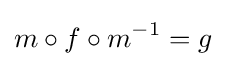
m\circ f\circ m^{-1}=g